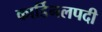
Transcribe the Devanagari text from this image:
कार्डिनलपदी